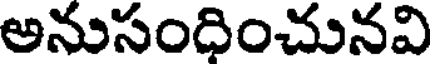
అనుసందించునవి